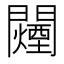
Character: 𬮕